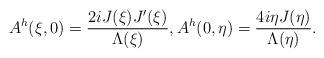
LaTeX: \begin{align*}A^h(\xi,0) = \frac{2 i J(\xi) J'(\xi)}{ \Lambda(\xi)},A^h(0,\eta) = \frac{4i \eta J(\eta)}{ \Lambda(\eta)}.\end{align*}